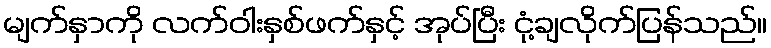
မျက်နှာကို လက်ဝါးနှစ်ဖက်နှင့် အုပ်ပြီး ငုံ့ချလိုက်ပြန်သည်။